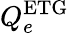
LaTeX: Q_{e}^{\mathrm{ETG}}